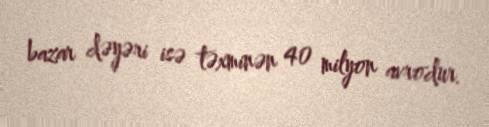
bazar dəyəri isə təxminən 40 milyon avrodur.